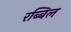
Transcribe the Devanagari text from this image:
रब्बिल